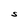
Character: S